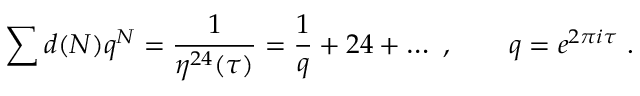
\sum d ( N ) q ^ { N } = \frac { 1 } { \eta ^ { 2 4 } ( \tau ) } = \frac { 1 } { q } + 2 4 + \dots \ , \qquad q = e ^ { 2 \pi i \tau } \ .